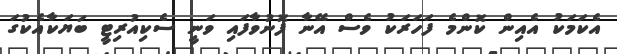
އެކަމަކު އެއިން ކޮންމެ ފަހަރަކު ވެސް އޭނާ ފޮނުވާފައި ވަނީ ސެކިއުރިޓީ ބަޔަކާއެކުގަ